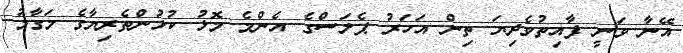
އޭނާ ވަނީ ފާއިތުވެދިޔަ ތިން އަހަރު ޕެލަސްގެ އެންމެ މޮޅު ކުޅުންތެރިޔާގެ މަގާމު